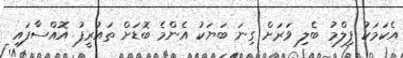
އެކަމަކު ފިލްމު ބެލި ވަރަށް ގިނަ ބަޔަކު އެންމެ ބޮޑަށް ތައުރީފު އޮއްސާފައި